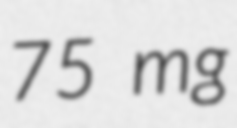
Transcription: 75 mg